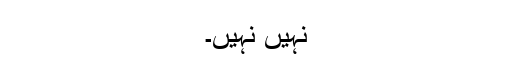
نہیں نہیں۔